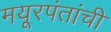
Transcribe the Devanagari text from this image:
मयूरपंतांची